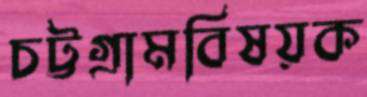
চট্টগ্রামবিষয়ক